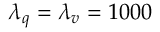
\lambda _ { q } = \lambda _ { v } = 1 0 0 0